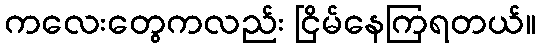
ကလေးတွေကလည်း ငြိမ်နေကြရတယ်။